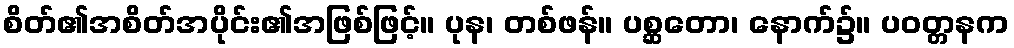
စိတ်၏အစိတ်အပိုင်း၏အဖြစ်ဖြင့်။ ပုန၊ တစ်ဖန်။ ပစ္ဆတော၊ နောက်၌။ ပဝတ္တနက